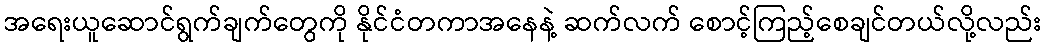
အရေးယူဆောင်ရွက်ချက်တွေကို နိုင်ငံတကာအနေနဲ့ ဆက်လက် စောင့်ကြည့်စေချင်တယ်လို့လည်း